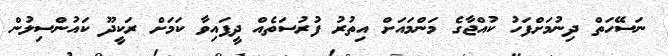
ނަސޭހަތް ދިނުމަށްފަހު ކުއްޖާގެ މަންމައަށް އިތުރު ފުރުސަތެއް ދީފައިވާ ކަމަށް ރަކީދޫ ކައުންސިލުން